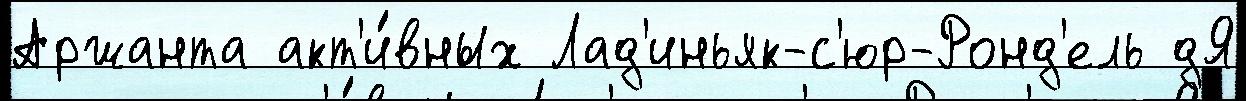
Аржанта акт'и́вных Лад'иньяк-с'юр-Ронд'ель дЯ